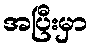
အပြီးမှာ